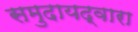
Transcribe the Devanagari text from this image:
समुदायद्वारा